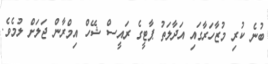
ބުނެ ކުރި މުޒާހަރާގައި އަދާލަތު ޕާޓީގެ ރައީސް ޝޭހް އިމްރާން ޖަލަށް ލުމެވެ.